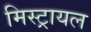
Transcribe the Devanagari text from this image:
मिस्ट्रायल